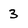
Character: 3